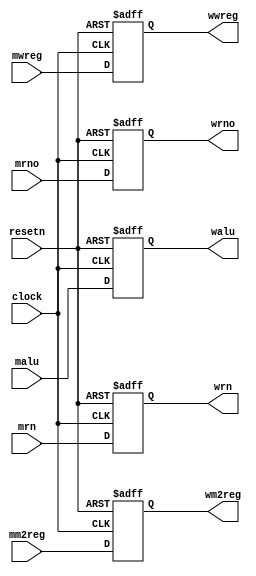
module pl_memwb (clock, resetn,
				 mwreg, mm2reg, mrno, malu, mrn, 
				 wwreg, wm2reg, wrno, walu, wrn);
	input clock, resetn;
	input mwreg, mm2reg;
	input [31:0] mrno, malu;
	input [4:0] mrn;

	output reg wwreg, wm2reg;
	output reg [31:0] wrno, walu;
	output reg [4:0] wrn;

	always @(posedge clock or negedge resetn)
	begin
		if (!resetn)
		begin
			wwreg <= 0;
			wm2reg <= 0;
			wrno <= 0;
			walu <= 0;
			wrn <= 0;
		end
		else 
		begin
			wwreg <= mwreg;
			wm2reg <= mm2reg;
			wrno <= mrno;
			walu <= malu;
			wrn <= mrn;
		end
		
	end
endmodule